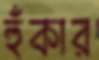
হুঁকার